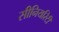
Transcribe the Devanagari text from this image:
सीनियरिटी